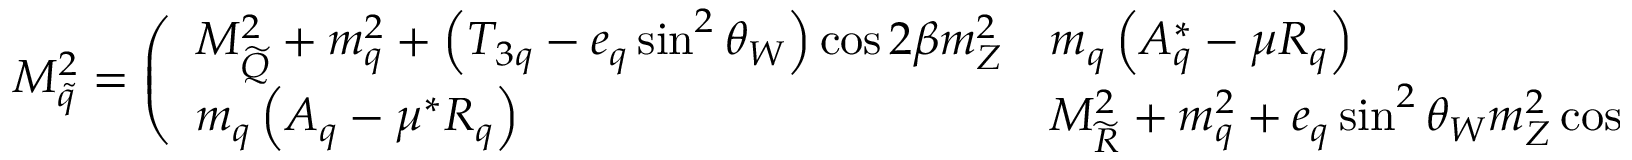
{ \cal M } _ { \tilde { q } } ^ { 2 } = \left( \begin{array} { l l } { { M _ { \widetilde { Q } } ^ { 2 } + m _ { q } ^ { 2 } + \left( T _ { 3 q } - e _ { q } \sin ^ { 2 } \theta _ { W } \right) \cos 2 \beta m _ { Z } ^ { 2 } } } & { { m _ { q } \left( A _ { q } ^ { * } - \mu R _ { q } \right) } } \\ { { m _ { q } \left( A _ { q } - \mu ^ { * } R _ { q } \right) } } & { { M _ { \widetilde { R } } ^ { 2 } + m _ { q } ^ { 2 } + e _ { q } \sin ^ { 2 } \theta _ { W } m _ { Z } ^ { 2 } \cos 2 \beta } } \end{array} \right) ,